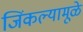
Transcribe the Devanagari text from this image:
जिंकल्यामूळे